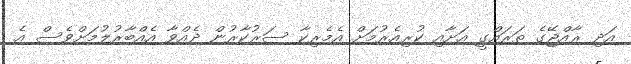
އަދި ރާއްޖޭގެ ތަރައްގީ އަށާއި ކުރިއެރުމަށް އެމެރިކާ ސަރުކާރުން ދެއްވާ އެއްބާރުލުމަށްވެސް އެ